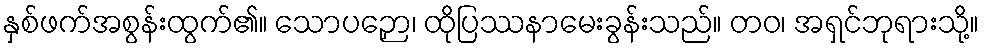
နှစ်ဖက်အစွန်းထွက်၏။ သောပဉှော၊ ထိုပြဿနာမေးခွန်းသည်။ တဝ၊ အရှင်ဘုရားသို့။